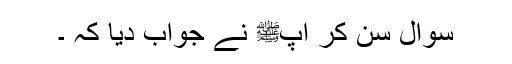
سوال سن کر آپﷺ نے جواب دیا کہ ۔